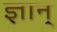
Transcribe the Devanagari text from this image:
ज्ञान्